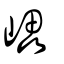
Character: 𡾊